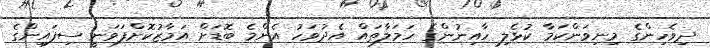
ދިވެހިންގެ މިނިވަންކަމާ ކުޅެލި ހާއިނުންގެ ހަމަލާތައް އެދުވަހު އެންމެ ބޮޑަށް އަމާޒުކޮށްފަވަނީ ސިފައިންގެ